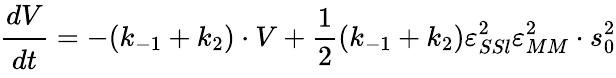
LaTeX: \cfrac{dV}{dt}=-(k_{-1}+k_{2})\cdot V+\frac 12(k_{-1}+k_{2})\varepsilon_{SSl}^{2}\varepsilon_{MM}^{2}\cdot s_{0}^{2}